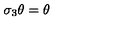
\sigma _ { 3 } \theta = \theta